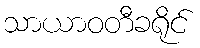
သာယာဝတီခရိုင်